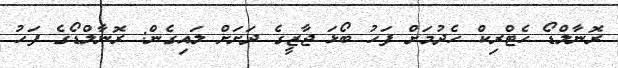
ރޮނާލްޑޯ ހެޓްރިކް ހެދުމަށް ފަހު ބޯޅަ ޖާޒީގެ ދަށަށް ލައިގެން: ރޮނާލްޑޯގެ ފަހު